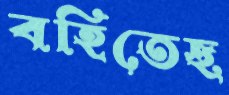
বহিতেছ